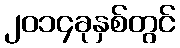
၂၀၁၄ခုနှစ်တွင်